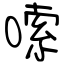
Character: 嗦